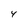
Character: 4